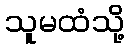
သူမထံသို့